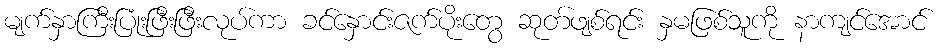
မျက်နှာကြီးပြုံးဖြီးဖြီးလုပ်ကာ ခင်နှောင်းဇက်ပိုးတွေ ဆုတ်ဖျစ်ရင်း နှမဖြစ်သူကို နာကျင်အောင်